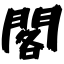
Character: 閣